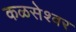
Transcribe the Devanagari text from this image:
कळसेश्वर